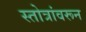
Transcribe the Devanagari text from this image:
स्तोत्रांवरून